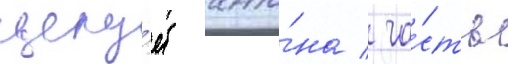
целу́ет анто́на / ча́сть